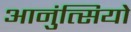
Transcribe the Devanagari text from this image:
आनुंत्सियो